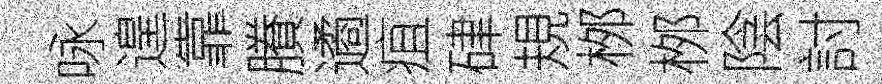
咏遑靠賸遹疽硉規桞桞陰討